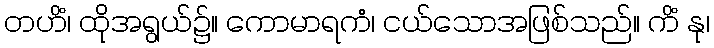
တဟိံ၊ ထိုအရွယ်၌။ ကောမာရကံ၊ ငယ်သောအဖြစ်သည်။ ကိံ နု၊